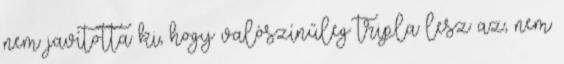
nem javította ki, hogy valószínűleg tripla lesz az, nem